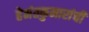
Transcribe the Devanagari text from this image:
हेमंतकुमारांची